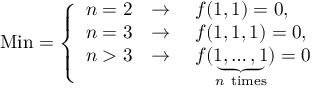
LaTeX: { \mathrm { M i n } } = { \left\{ \begin{array} { l l } { n = 2 } & { \rightarrow \quad f ( 1 , 1 ) = 0 , } \\ { n = 3 } & { \rightarrow \quad f ( 1 , 1 , 1 ) = 0 , } \\ { n > 3 } & { \rightarrow \quad f ( \underbrace { 1 , \dots , 1 } _ { n { \mathrm { ~ t i m e s } } } ) = 0 } \end{array} \right. }